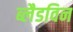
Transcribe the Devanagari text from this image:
ब्लैडविन